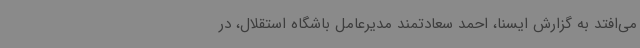
می‌افتد به گزارش ایسنا، احمد سعادتمند مدیرعامل باشگاه استقلال، در